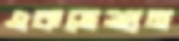
একত্রেশুন